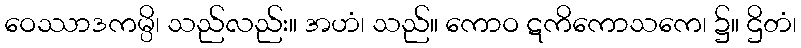
ဝေဿာဒကမ္ပိ၊ သည်လည်း။ အဟံ၊ သည်။ ကောဝ ဋကိကောသကေ၊ ၌။ ဌိတံ၊